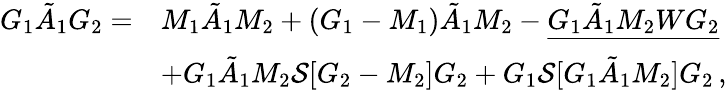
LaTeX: \begin{array}{rl}{G_{1}\tilde{A}_{1}G_{2}=}&{M_{1}\tilde{A}_{1}M_{2}+(G_{1}-M_{1})\tilde{A}_{1}M_{2}-\underline{{G_{1}\tilde{A}_{1}M_{2}WG_{2}}}}\\ &{+G_{1}\tilde{A}_{1}M_{2}\mathcal{S}[G_{2}-M_{2}]G_{2}+G_{1}\mathcal{S}[G_{1}\tilde{A}_{1}M_{2}]G_{2}\, ,}\end{array}